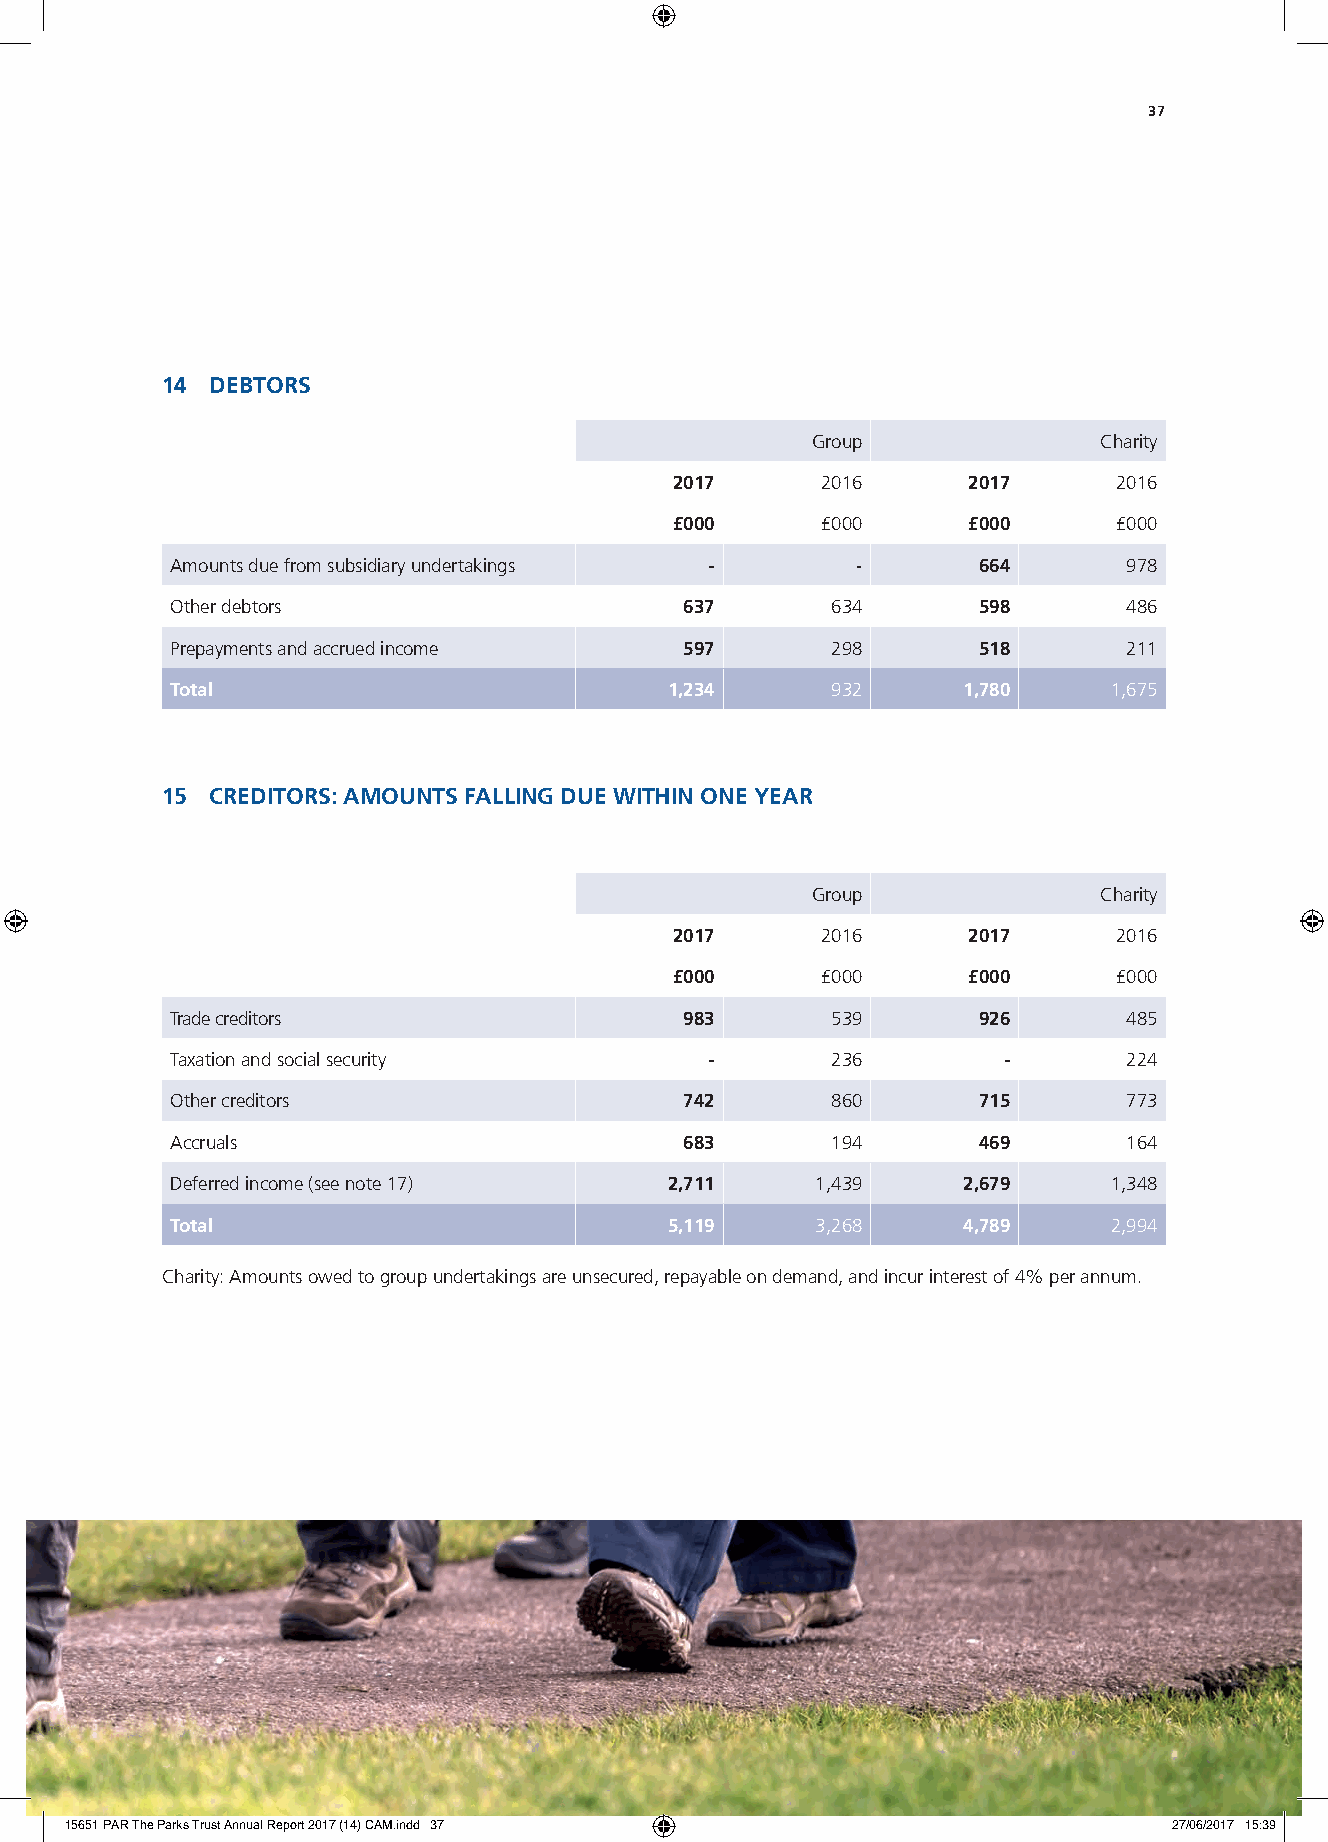
37
 14 DEBTORS
 Group              Charity
 2017     2016      2017      2016
 £000     £000      £000      £000
 Amounts due from subsidiary undertakings -    -       664       978
 Other debtors                     637       634       598       486
 Prepayments and accrued income    597       298       518       211
 Total                            1,234      932      1,780     1,675
 15 CREDITORS: AMOUNTS FALLING DUE WITHIN ONE YEAR
 Group              Charity
 2017     2016      2017      2016
 £000     £000      £000      £000
 Trade creditors                   983       539       926       485
 Taxation and social security        -       236        -        224
 Other creditors                   742       860       715       773
 Accruals                          683       194       469       164
 Deferred income (see note 17)    2,711     1,439     2,679     1,348
 Total                            5,119     3,268     4,789     2,994
 Charity: Amounts owed to group undertakings are unsecured, repayable on demand, and incur interest of 4% per annum.
 15651 PAR The Parks Trust Annual Report 2017 (14) CAM.indd 37             27/06/2017 15:39